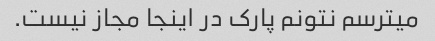
میترسم نتونم پارک در اینجا مجاز نیست.